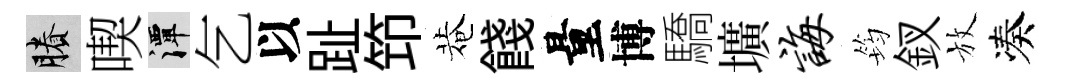
賸喫潭乞以趾笻菴餞量博驕壙诲筠釵放凑